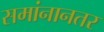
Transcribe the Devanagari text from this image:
समांनानतर